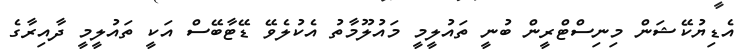
އެޑިޔުކޭޝަން މިނިސްޓްރީން ބުނީ ތައުލީމީ މައުލޫމާތު އެކުލެވޭ ޑޭޓާބޭސް އަކީ ތައުލީމީ ދާއިރާގެ